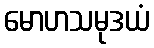
မောဟသမုဒယံ